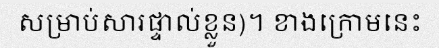
សម្រាប់សារផ្ទាល់ខ្លួន)។ ខាងក្រោមនេះ